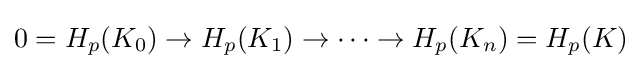
0=H_{p}(K_{0})\to H_{p}(K_{1})\to \cdots \to H_{p}(K_{n})=H_{p}(K)